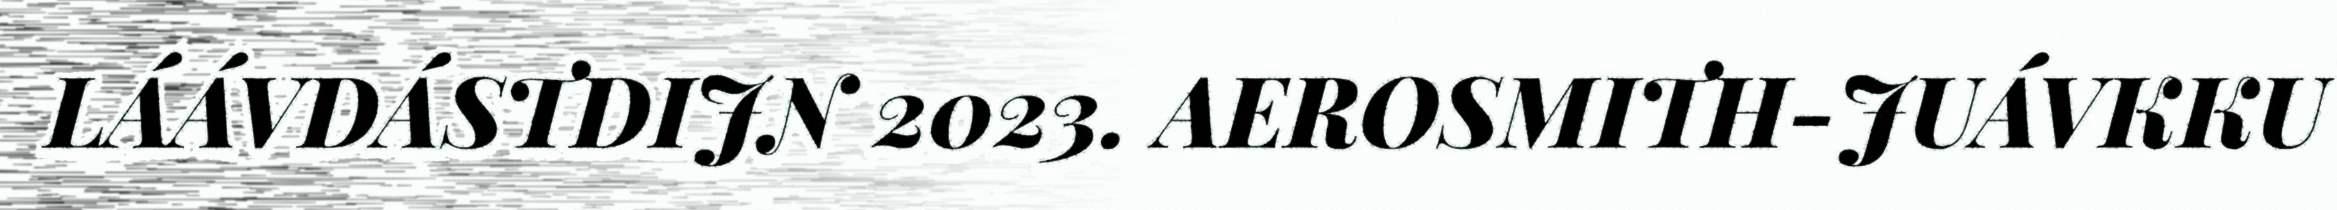
LÁÁVDÁSTDIJN 2023. AEROSMITH-JUÁVKKU